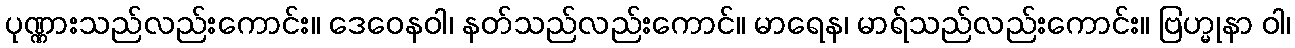
ပုဏ္ဏားသည်လည်းကောင်း။ ဒေဝေနဝါ၊ နတ်သည်လည်းကောင်။ မာရေန၊ မာရ်သည်လည်းကောင်း။ ဗြဟ္မုနာ ဝါ၊